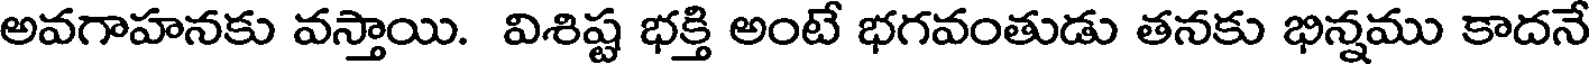
అవగాహనకు వస్తాయి. విశిష్ట భక్తి అంటే భగవంతుడు తనకు భిన్నము కాదనే